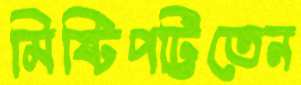
মিষ্টিপট্টিতেন